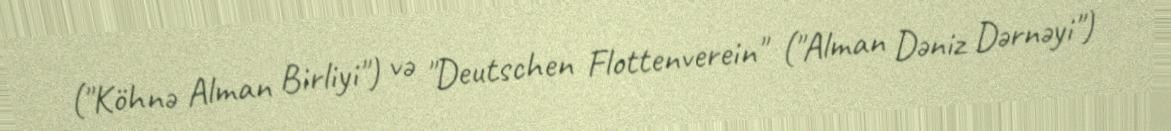
("Köhnə Alman Birliyi") və "Deutschen Flottenverein" ("Alman Dəniz Dərnəyi")